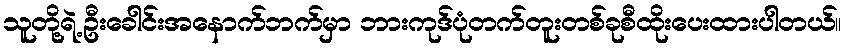
သူတို့ရဲ့ဦးခေါင်းအနောက်ဘက်မှာ ဘားကုဒ်ပုံတက်တူးတစ်ခုစီထိုးပေးထားပါတယ်။